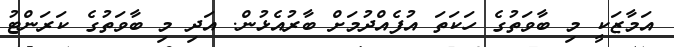
އަމާޒަކީ މި ބާވަތުގެ ހަކަތަ އުފެއްދުމަށް ބާރުއެޅުން. އަދި މި ބާވަތުގެ ކަރަންޓު